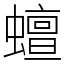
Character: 蟺